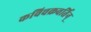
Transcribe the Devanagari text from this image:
कविचक्रवर्तिन्